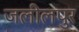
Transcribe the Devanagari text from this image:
जलीलपुर